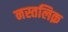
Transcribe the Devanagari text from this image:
नस्तलिक़